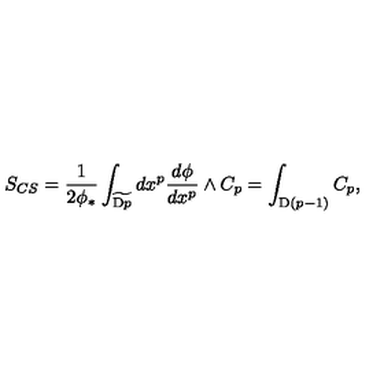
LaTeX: S _ { C S } = \frac { 1 } { 2 \phi _ { * } } \int _ { \widetilde { \mathrm { D } p } } d x ^ { p } \frac { d \phi } { d x ^ { p } } \wedge C _ { p } = \int _ { \mathrm { D } ( p - 1 ) } C _ { p } ,